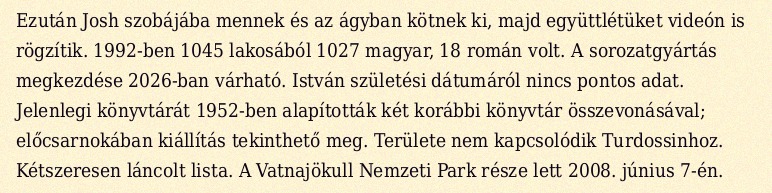
Ezután Josh szobájába mennek és az ágyban kötnek ki, majd együttlétüket videón is rögzítik. 1992-ben 1045 lakosából 1027 magyar, 18 román volt. A sorozatgyártás megkezdése 2026-ban várható. István születési dátumáról nincs pontos adat. Jelenlegi könyvtárát 1952-ben alapították két korábbi könyvtár összevonásával; előcsarnokában kiállítás tekinthető meg. Területe nem kapcsolódik Turdossinhoz. Kétszeresen láncolt lista. A Vatnajökull Nemzeti Park része lett 2008. június 7-én.